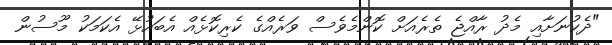
"ދެކުނަށާއި މެދު ރާއްޖެ ތެރެއަށް ކޮންމެވެސް ވަރެއްގެ ކެރިކޮޅެއް އެބައުޅޭ އެކަމަކު މޫސުން